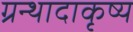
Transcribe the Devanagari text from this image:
ग्रन्थादाकृष्य